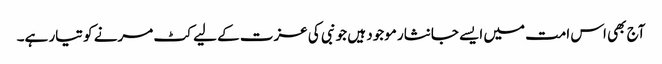
آج بھی اس امت میں ایسے جانثار موجود ہیں جو نبی کی عزت کے لیے کٹ مرنے کو تیار ہے۔